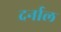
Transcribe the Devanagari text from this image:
दर्नाल